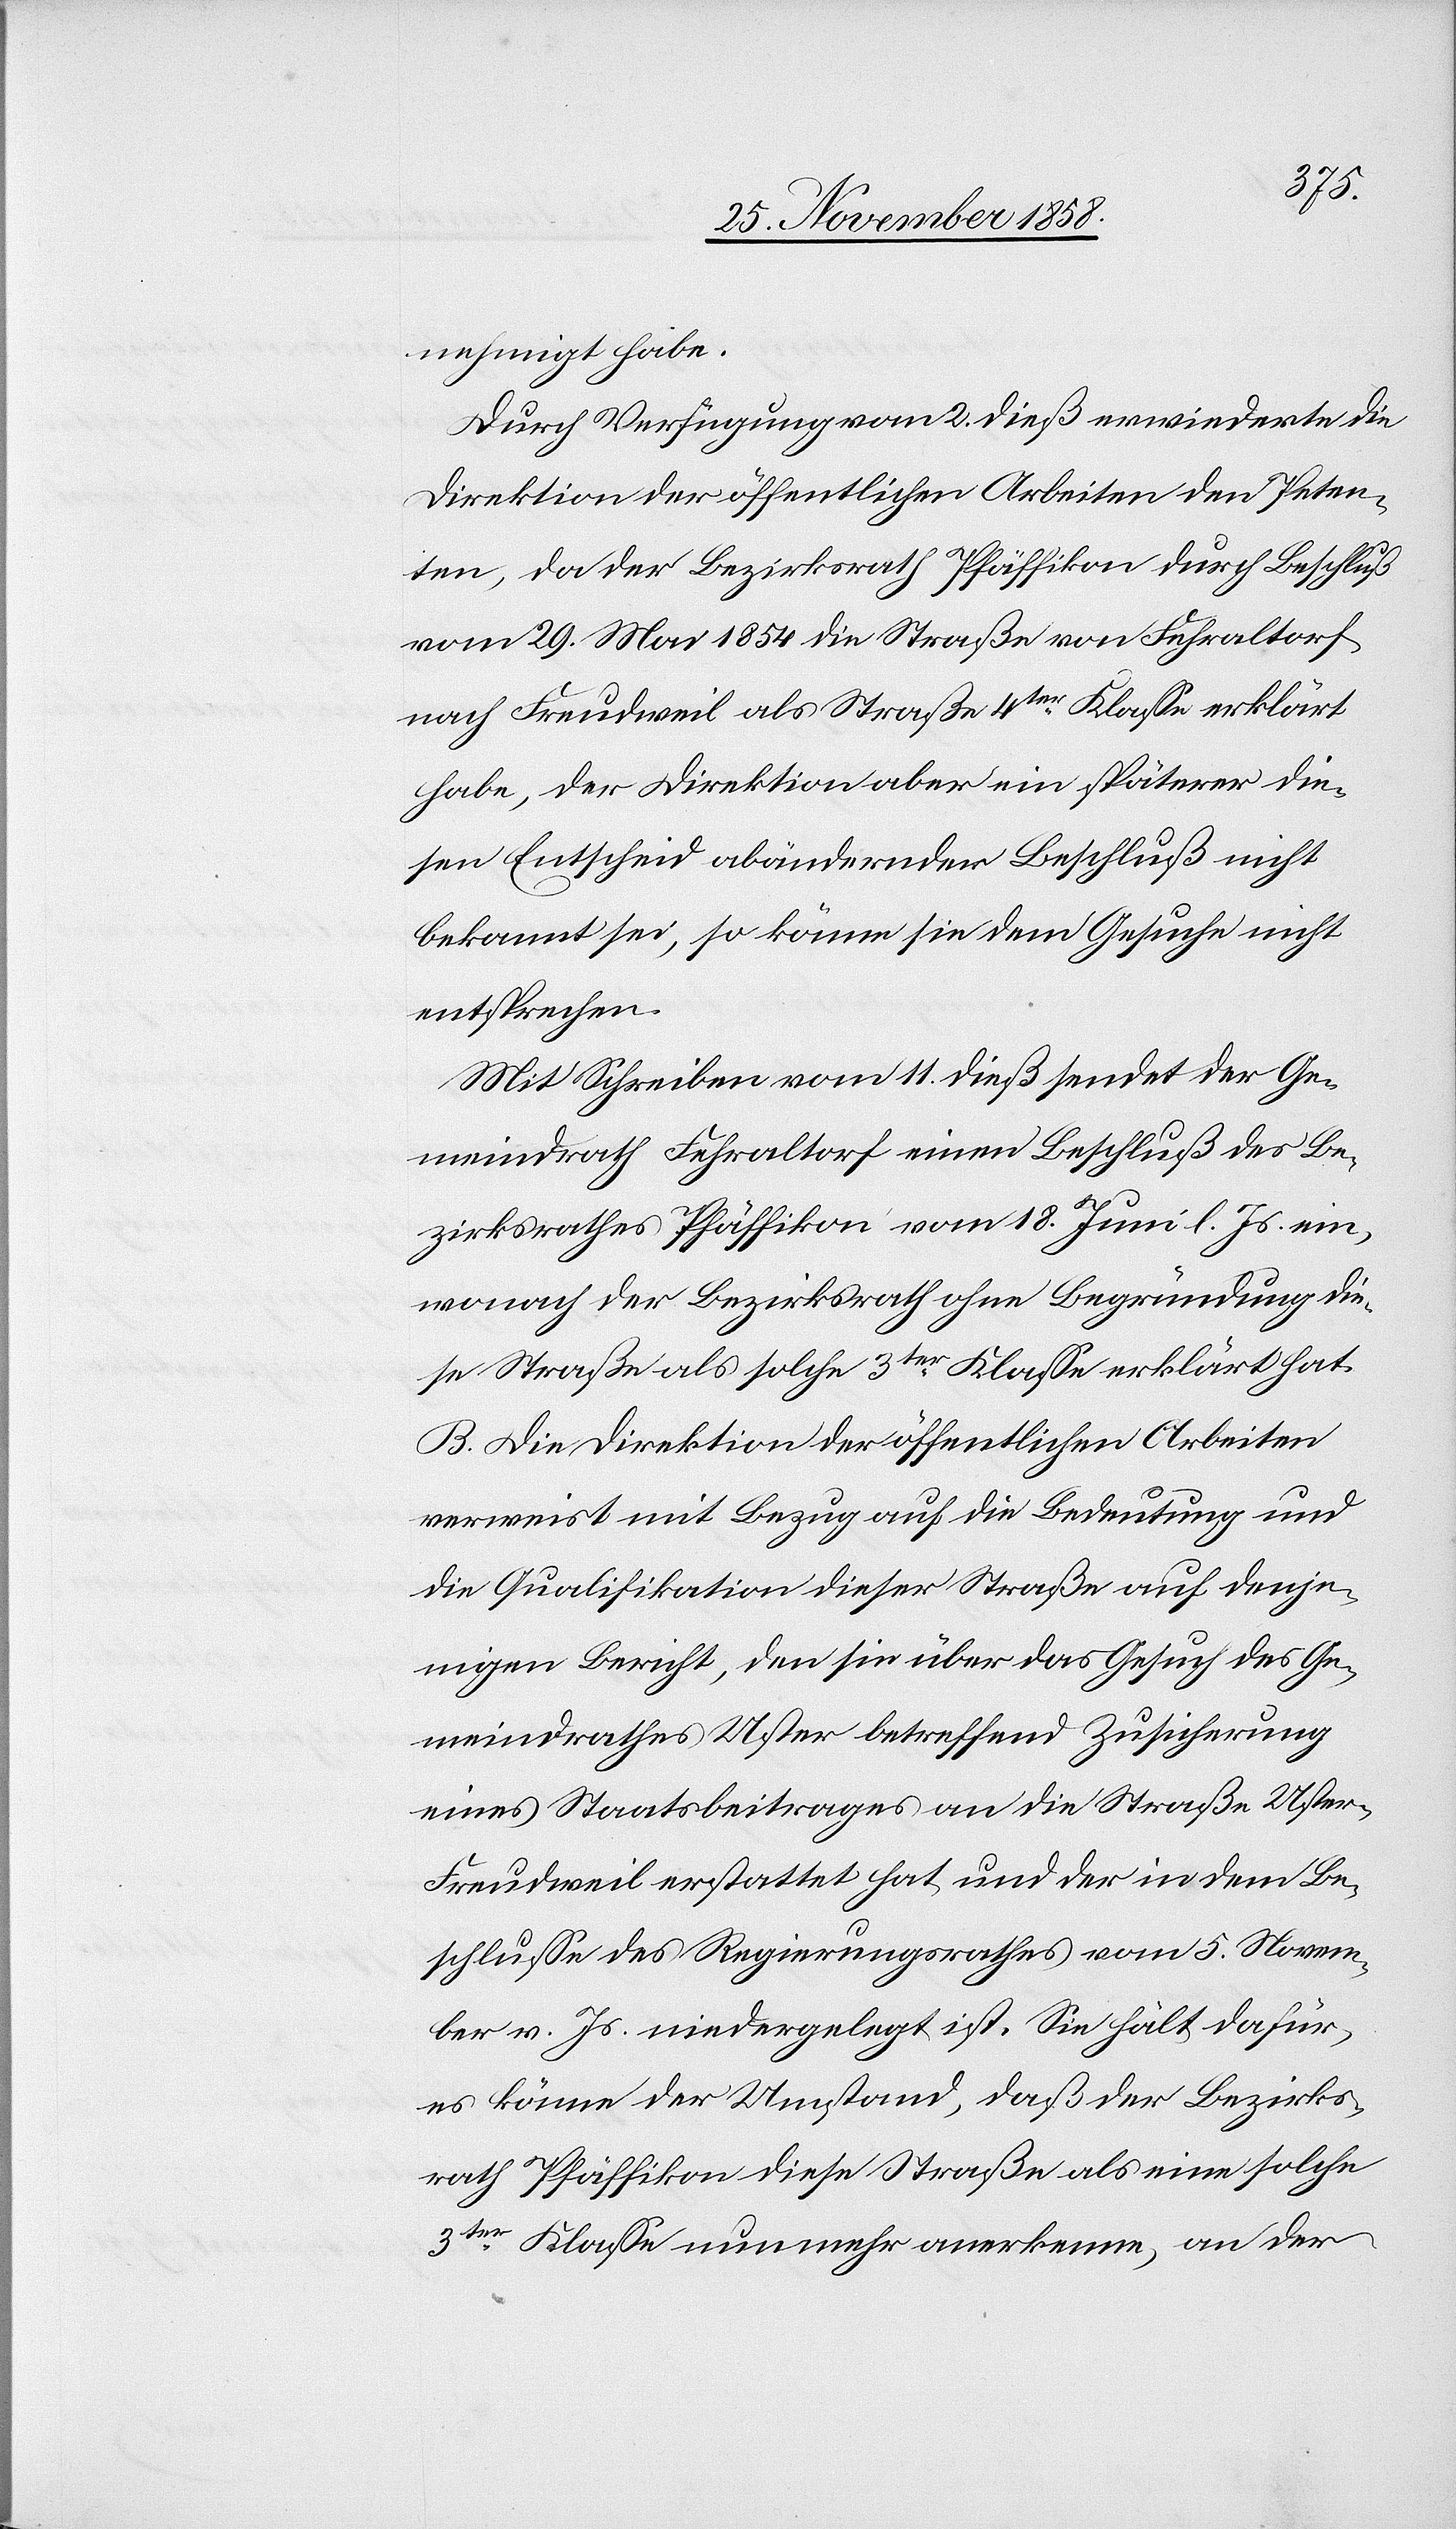
nehmigt habe.
Durch Verfügung vom 2. dieß erwiederte die
Direktion der öffentlichen Arbeiten den Peten¬
ten, da der Bezirksrath Pfäffikon durch Beschluß
vom 29. Mai 1854 die Straße von Fehraltorf
nach Freudweil als Straße 4ter Klasse erklärt
habe, der Direktion aber ein späterer die¬
sen Entscheid abändernder Beschluß nicht
bekannt sei, so könne sie dem Gesuche nicht
entsprechen.
Mit Schreiben vom 11. dieß sendet der Ge¬
meindrath Fehraltorf einen Beschluß des Be¬
zirksrathes Pfäffikon vom 18. Juni l. Js. ein,
wonach der Bezirksrath ohne Begründung die¬
se Straße als solche 3ter Klasse erklärt hat.
B. Die Direktion der öffentlichen Arbeiten
verweist mit Bezug auf die Bedeutung und
die Qualifikation dieser Straße auf denje¬
nigen Bericht, den sie über das Gesuch des Ge¬
meindrathes Uster betreffend Zusicherung
eines Staatsbeitrages an die Straße Uster–F¬
reudweil erstattet hat und der in dem Be¬
schlusse des Regierungsrathes vom 5. Novem¬
ber v. Js. niedergelegt ist. Sie hält dafür,
es könne der Umstand, daß der Bezirks¬
rath Pfäffikon diese Straße als eine solche
3ter Klasse nunmehr anerkenne, an der